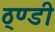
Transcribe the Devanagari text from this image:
ठ्ण्डी